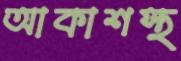
আকাশস্থ